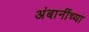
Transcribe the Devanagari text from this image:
अंबानींच्या